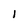
Character: l